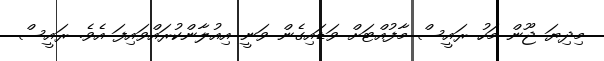
މިދިޔަ ޖޫން މަހު ރައީސް މާފުއްޓަށް ވަޑައިގެން ވަނީ އިއުލާންކުރައްވައިފަ އެވެ. ރައީސް